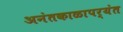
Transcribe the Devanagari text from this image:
अनंतकाळापर्यंत